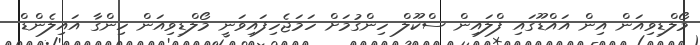
މޯލްޑިވިއަން އިން އައްޑޫގައި ފްލައިން ސްކޫލް ހިންގުމަށް ހަމަޖެހިފައިވަނީ މޯލްޑިވިއަން ހިންގާ އައިލެންޑް